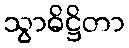
သွာဓိဋ္ဌိတာ